Annual administration report of the Civil Veterinary Department of India - 1895-1896
Year: 1895
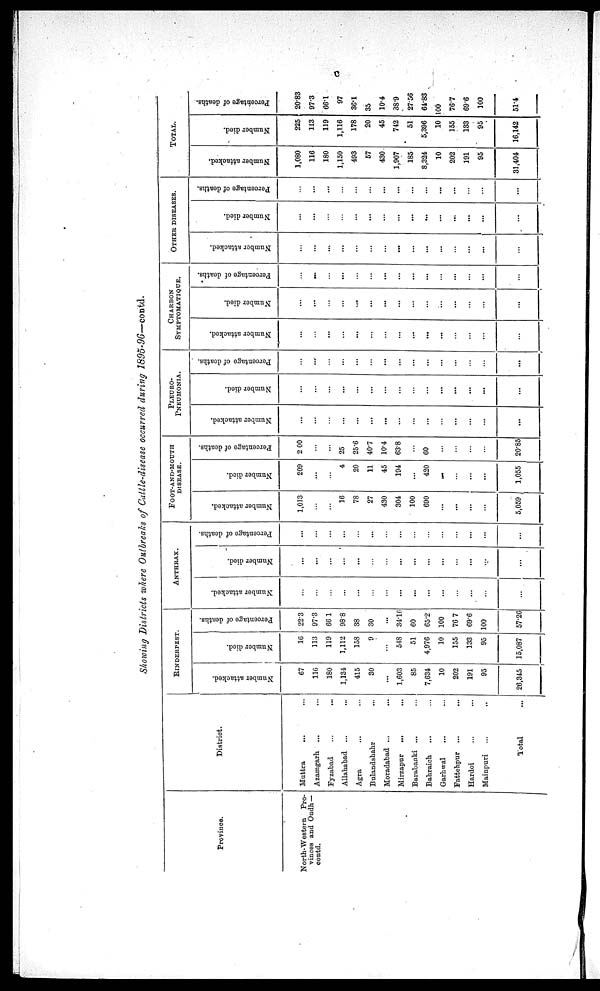
c
Showing Districts where Outbreaks of Cattle-disease occurred during 1895-96—contd.
Province.
North-Western
Pro-
vinces and Oudh —
contd.
District.
Muttra ... ...
Azamgarh ... ...
Fyzabad ... ...
Allahabad ... ...
Agra ... ...
Bulandshahr ... ...
Moradabad ... ...
Mirzapur
... ...
Barabanki ... ...
Bahraich ... ...
Garhwal ... ...
Fattehpur
... ...
Hardoi ... ...
Mainpuri ... ...
Total ...
RINDERPEST.
Number attacked.
67
116
180
1,134
415
30
...
1,603
85
7,634
10
202
191
95
26,345
Number died.
10
113
119
1,112
158
9
...
548
51
4,976
10
155
133
95
15,087
Percentage of deaths.
22.3
97.3
66 1
98.8
38
30
...
34.16
60
65.2
100
76 7
69.6
100
57.26
ANTHRAX.
Number attacked.
...
...
...
...
...
...
...
...
...
...
...
...
...
...
...
...
Number died.
...
...
...
...
...
...
...
...
...
...
...
...
...
...
...
...
Percentage of deaths.
...
...
...
...
...
...
...
...
...
...
...
...
...
...
...
...
FOOT-AND-MOUTH
DISEASE.
Number attacked.
1,013
...
...
...
16
78
27
430
304
100
690
...
...
...
...
5,059
Number died.
209
...
...
...
4
20
11
45
194
...
420
...
...
...
...
1,055
Percentage of deaths.
2 00
...
...
...
25
25.6
40.7
10.4
63.8
...
60
...
...
...
...
20.85
PLEURO-
PNEUMONIA.
Number attacked.
...
...
...
...
...
...
...
...
...
...
...
...
...
...
...
...
Number died.
...
...
...
...
...
...
...
...
...
...
...
...
...
...
...
Percentage of deaths.
...
...
...
...
...
...
...
...
...
...
...
...
...
...
...
...
CHARBON
SYMPTOMATIQUE.
Number attacked.
...
...
...
...
...
...
...
...
...
...
...
...
...
...
...
...
Number died.
...
...
...
...
...
...
...
...
...
...
...
...
...
...
...
...
Percentage of deaths.
...
....
...
...
...
...
...
...
...
...
...
...
...
...
...
OTHER DISEASES.
Number attacked.
...
...
...
...
...
...
...
...
...
...
...
...
...
...
...
...
Number died.
...
...
...
...
...
...
...
...
...
...
...
...
...
...
...
...
Percentage of deaths.
...
...
... ...
...
...
...
...
...
...
...
...
...
...
...
...
TOTAL.
Number attacked.
1,080
116
180
1,150
493
57
430
1,907
185
8,324
10
202
191
95
31,404
Number died.
225
113
119
1,116
178
20
45
742
51
5,396
10
155
133
95
16,142
Percentage of deaths.
20.83
973
66.1
97
36.1
35
10.4
38.9
27.56
64.83
100
76.7
69.6
100
51.4